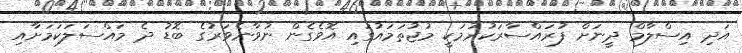
އަދި އިސްލާމް ދީނަށް ފުރައްސާރަކުރުމަކީ މުޖުތަމައުގައި އޮވެގެން ނުވާނެވަރުގެ ބޮޑު ދެ މައްސަލަކަމަށާއި